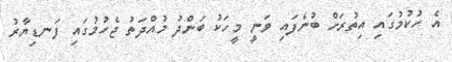
އެ ހުކުމުގައި އިތުރަށް ބުނެފައި ވަނީ މީހަކު ބަންދު މުއްދަތު ޖެހުމުގައި ފަނޑިޔާރު